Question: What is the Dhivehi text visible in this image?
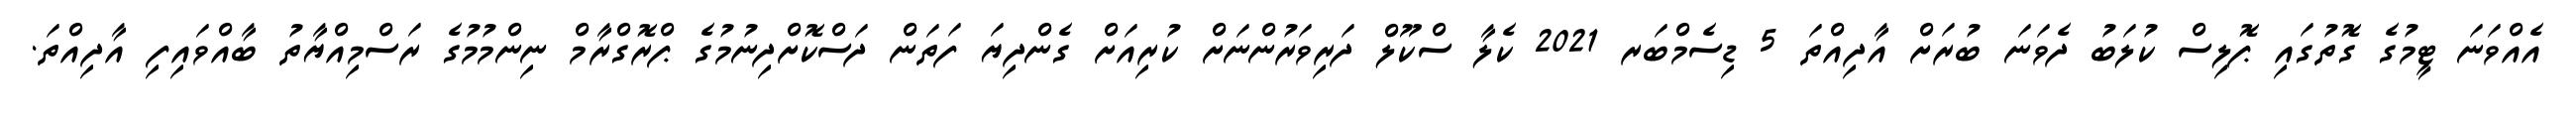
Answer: އެއްވަނަ ޓީމުގެ ގޮތުގައި ޕޮލިސް ކުލަބު ދެވަނަ ބުރަށް އާދިއްތަ 5 ޑިސެމްބަރ 2021 ކެލާ ސްކޫލް ދަރިވަރުންނަށް ކުރިއަށް ގެންދިޔަ ފަތަން ދަސްކޮށްދިނުމުގެ ޕްރޮގްރާމް ނިންމުމުގެ ރަސްމިއްޔާތު ބާއްވައިފި އާދިއްތަ.